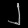
Digit: ၂